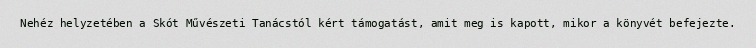
Nehéz helyzetében a Skót Művészeti Tanácstól kért támogatást, amit meg is kapott, mikor a könyvét befejezte.